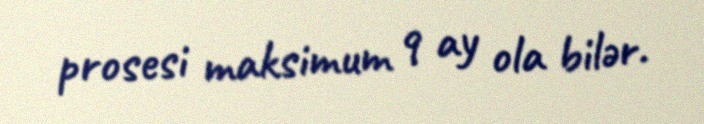
prosesi maksimum 9 ay ola bilər.